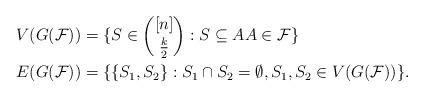
LaTeX: \begin{align*}V(G(\mathcal{F}))&=\{ S \in \binom{[n]}{\frac{k}{2}}:S \subseteq AA \in \mathcal{F}\} \\E(G(\mathcal{F}))&=\{\{S_1,S_2\}: S_1 \cap S_2 = \emptyset, S_1,S_2 \in V(G(\mathcal{F}))\}.\end{align*}